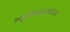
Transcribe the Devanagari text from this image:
न्यूरोडेवलपमेंटल